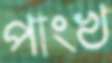
পাংখ